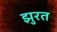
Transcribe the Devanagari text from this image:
झुरत